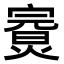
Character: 𤍘